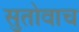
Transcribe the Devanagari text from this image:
सुतोवाच